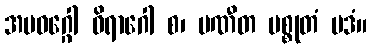
အပဝဂ္ဂေါ ဝိရာဂေါ စ၊ ပဏီတ မစ္စုတံ ပဒံ။